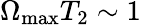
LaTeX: \Omega_{\textrm{max}}T_{2}\sim 1